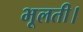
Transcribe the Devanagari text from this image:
भूलती।